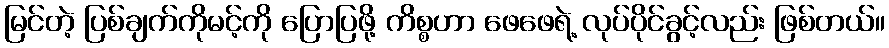
မြင်တဲ့ ပြစ်ချက်ကိုမင့်ကို ပြောပြဖို့ ကိစ္စဟာ ဖေဖေရဲ့ လုပ်ပိုင်ခွင့်လည်း ဖြစ်တယ်။